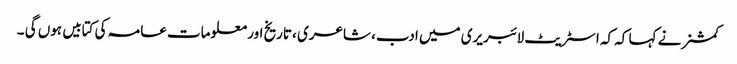
کمشنر نے کہا کہ کہ اسٹریٹ لائبریری میں ادب، شاعری ، تاریخ اور معلومات عامہ کی کتابیں ہوں گی ۔